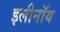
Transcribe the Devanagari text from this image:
इलीनॉय